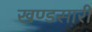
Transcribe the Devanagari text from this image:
खण्डसारी